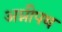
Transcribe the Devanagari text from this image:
अग्नीपथ